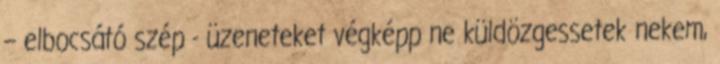
– elbocsátó szép - üzeneteket végképp ne küldözgessetek ne­kem,